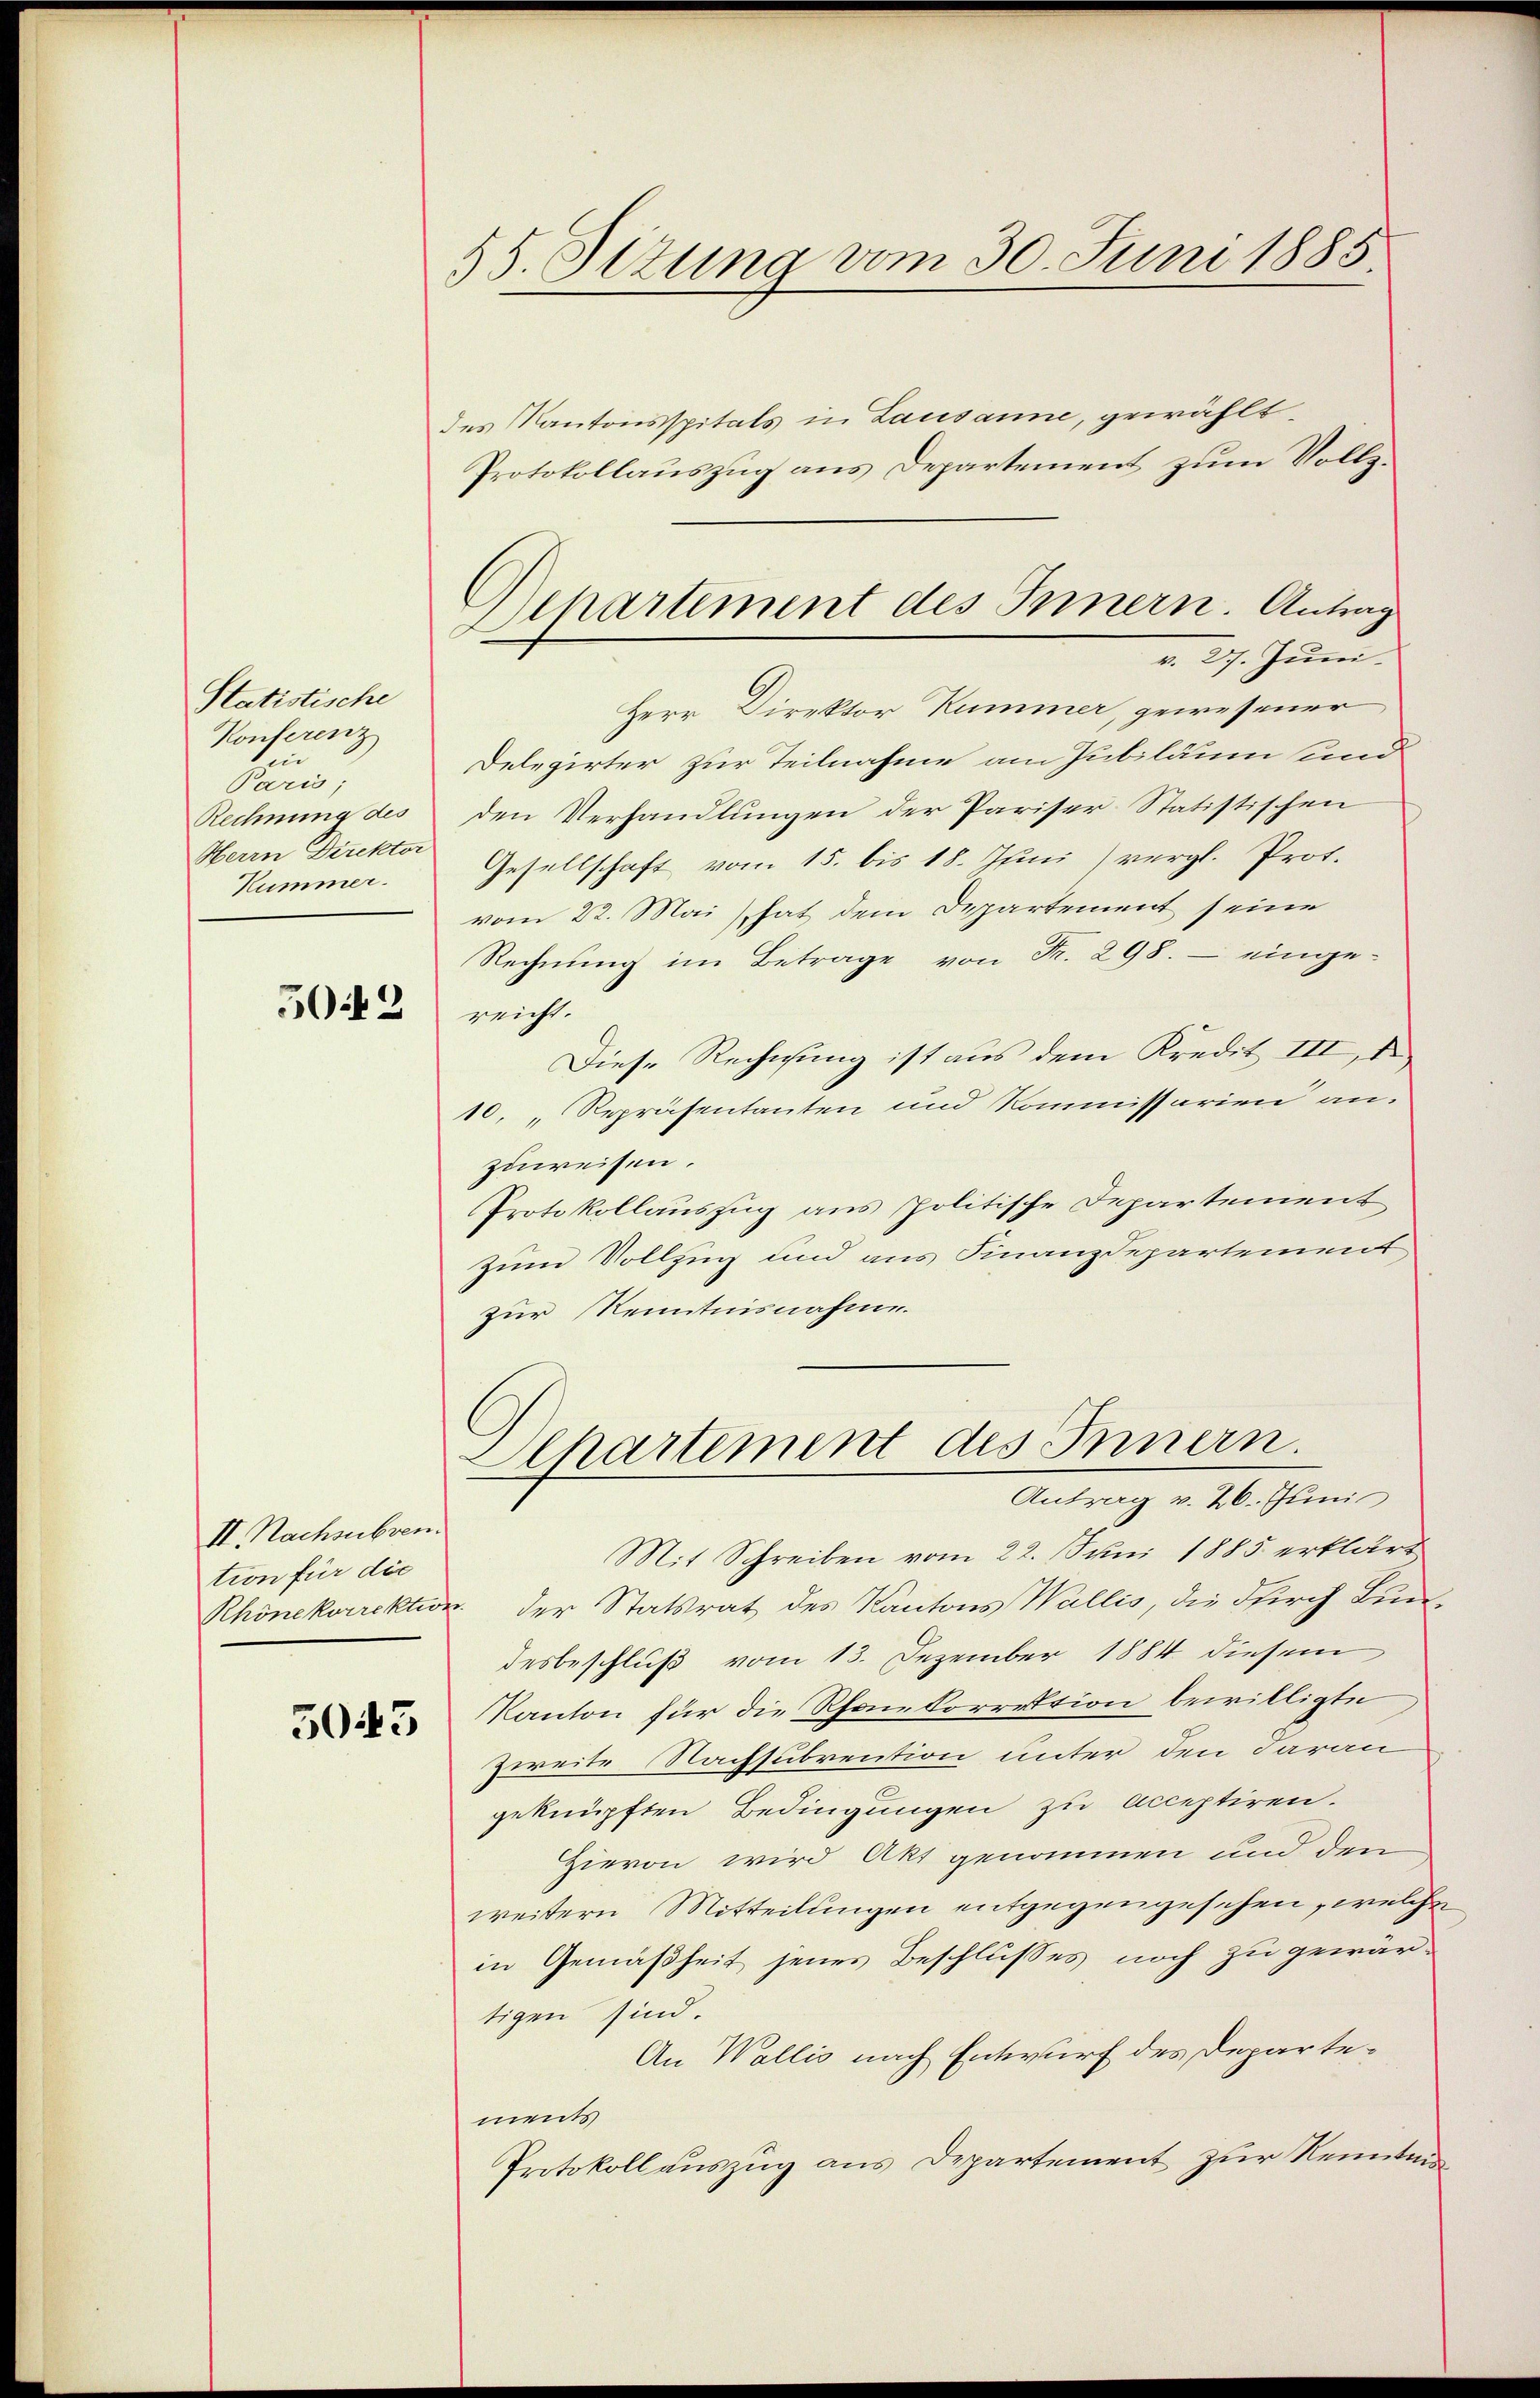
Statistische
Konferenz
hin
Paris;
Rechnung des
Herrn Direktor
Kummer.

50442

II. Nachsubven.
tion für die

5045

85. Situng vom 30. Juni 1885.

des Kantonsspitals in Lausanne, gewählt.
Protokollauszug aus Departement zum Vollz¬
Herr Direktor Kummer, gewesener
Delegirter zur Teilnahme am Jubiläum und
den Verhandlungen der Pariser Statistischen
Gesellschaft vom 15. bis 18. Juni / vergl. Prot.
vom 22. Mai hat dem Departement seine
Rechnung im Betrage von Fr. 298. - einge-
reicht.
Diese Rechnung ist aus dem Kredit III, 1
10. „Repräsentanten und Kommissarien an.
zuweisen.
Protokollauszug aus politische Departement
zum Vollzug und aus Finanzdepartement
zur Kenntnisnahme.
Aepartement des Innern.
Antrag v. 26. Juni
Mit Schreiben vom 22. Juni 1885 erklärt
Rhönekorrektion der Statsrat des Kantons Wallis, die Skirch Bundesbeschluß vom 13. Dezember 1884 diesem
Kanton für die Rhone korrektion bewilligte
Zweite Nachsubrention unter den daran
geknüpften Bedingungen zu acceptiren.
Hievon wird Akt genommen und den
weitern Mitteilungen entgegengesehen, welche
in Gemäßheit jenes Beschlusses noch zu gewärtigen sind.
An Wallis nach Entwurf des Departements
Protokoll auszug aus Departement zur Rennten

Dchartement des Innern. Antrag
v. 27. Juni.